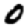
Digit: 0